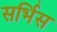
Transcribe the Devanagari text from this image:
सर्भिस